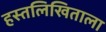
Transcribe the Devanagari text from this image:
हस्तलिखिताला